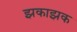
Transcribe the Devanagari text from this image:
झकाझक